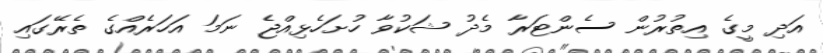
އަދި މީގެ އިތުރުން ސެންޓަރާ މެދު ޝަކުވާ ހުށަހެޅިއްޖެ ނަމަ އަހަރެއްގެ ތެރޭގައި